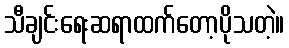
သီချင်းရေးဆရာထက်တော့ပိုသတဲ့။